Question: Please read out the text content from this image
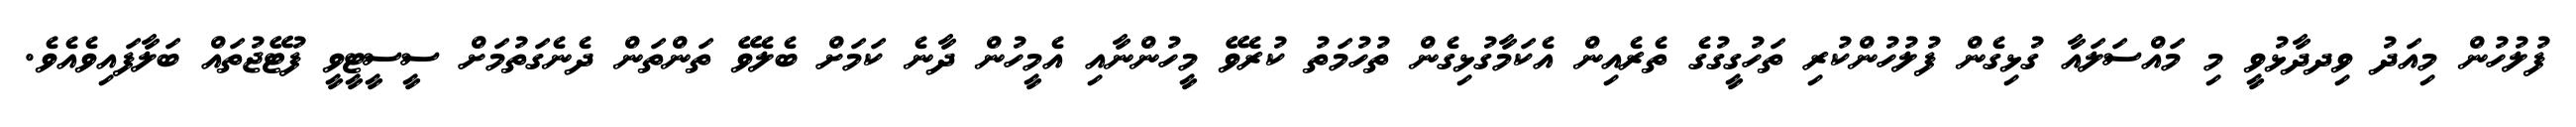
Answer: ފުލުހުން މިއަދު ވިދދާޅުވީ މި މައްސަލައާ ގުޅިގެން ފުލުހުންކުރި ތަހުގީގުގެ ތެރެއިން އެކަމާގުޅިގެން ތުހުމަތު ކުރެވޭ މީހުންނާއި އެމީހުން ދާނެ ކަމަށް ބެލެވޭ ތަންތަން ދެނެގަތުމަށް ސީސީޓީވީ ފުޓޭޖުތައް ބަލާފައިވެއެވެ.